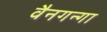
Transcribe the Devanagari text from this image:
वैनगन्गा